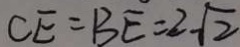
C E = B E = 2 \sqrt { 2 }